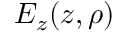
E _ { z } ( z , \rho )